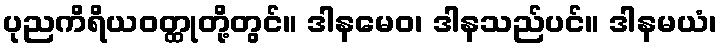
ပုညကိရိယဝတ္ထုတို့တွင်။ ဒါနမေဝ၊ ဒါနသည်ပင်။ ဒါနမယံ၊